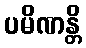
ပမိဏန္တိ